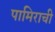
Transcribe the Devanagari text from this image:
पामिराची